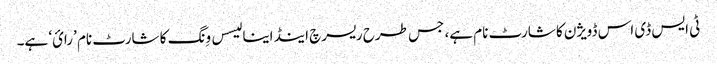
ٹی ایس ڈی اس ڈویژن کا شارٹ نام ہے، جس طرح ریسرچ اینڈ اینا لیسس وِنگ کا شارٹ نام ’رائ‘ ہے۔